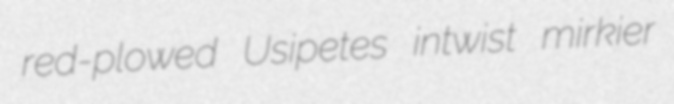
red-plowed Usipetes intwist mirkier